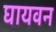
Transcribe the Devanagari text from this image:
घायवन